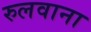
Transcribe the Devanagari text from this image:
रुलवाना